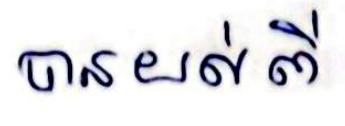
បានយល់ពី